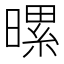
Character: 𪱀